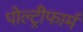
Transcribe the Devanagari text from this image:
पोल्ट्रीफार्म